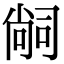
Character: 𭉢